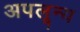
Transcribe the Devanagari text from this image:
अपलून्य